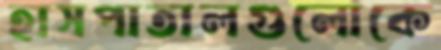
হাসপাতালগুলোকে